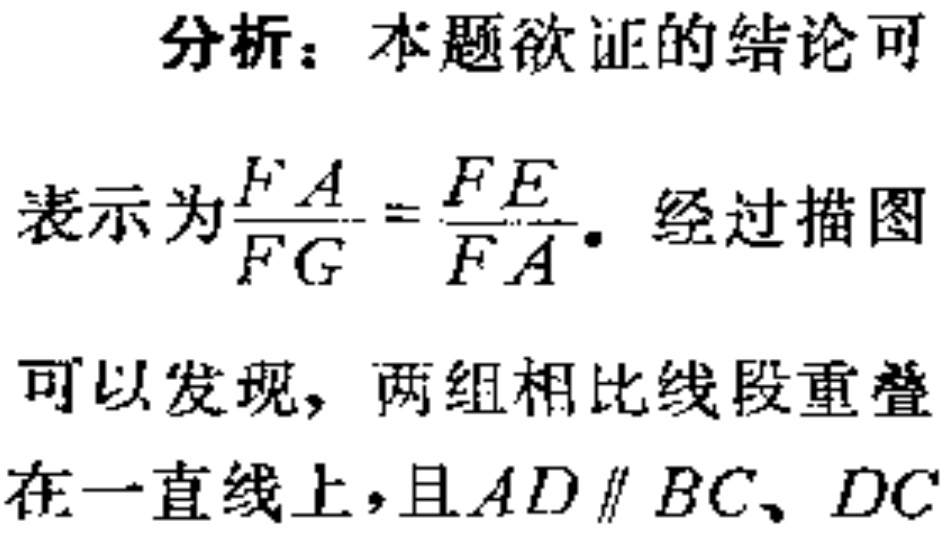
分析：本题欲证的结论可
表示为$\frac{FA}{FG}=\frac{FE}{FA}$。经过描图
可以发现，两组相比线段重叠
在一直线上，且$AD\parallel BC、DC$